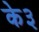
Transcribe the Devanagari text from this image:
के३